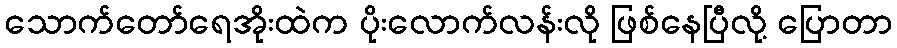
သောက်တော်ရေအိုးထဲက ပိုးလောက်လန်းလို ဖြစ်နေပြီလို့ ပြောတာ